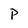
Character: P